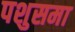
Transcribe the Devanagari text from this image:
पशुसमा